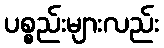
ပစ္စည်းများလည်း